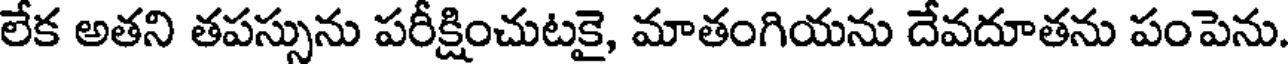
లేక అతని తపస్సును పరీక్షించుటకై, మాతంగియను దేవదూతను పంపెను.